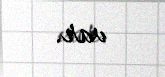
var.